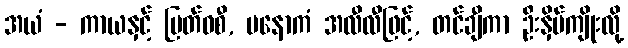
အယံ - ကာယနှင့် မြတ်ဝစီ, မနောကံ အလီလီဖြင့်, တင်ချီကာ ဦးနှိမ်ကျိုးလို့